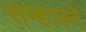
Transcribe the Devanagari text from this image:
सम्हाल्ने